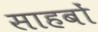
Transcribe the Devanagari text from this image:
साहबों